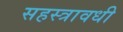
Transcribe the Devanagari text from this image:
सहस्त्रावधी